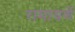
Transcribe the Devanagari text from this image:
रामायणें